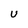
Character: U